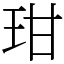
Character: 玵